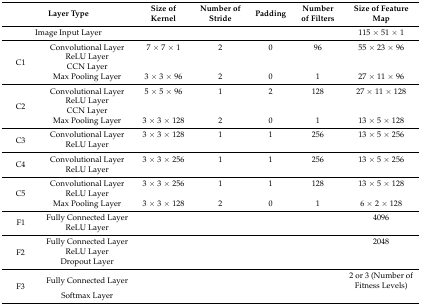
| <COLSPAN=2> Layer Type | Size of Kernel | Number of Stride | Padding | Number of Filters | Size of Feature Map |
 | --- | --- | --- | --- | --- | --- | --- |
 | <COLSPAN=2> Image Input Layer |  |  |  |  | 115 × 51 × 1 |
 | <ROWSPAN=4> C1 | Convolutional Layer | 7 × 7 × 1 | 2 | 0 | 96 | 55 × 23 × 96 |
 | ReLU Layer |  |  |  |  |  |
 | CCN Layer |  |  |  |  |  |
 | Max Pooling Layer | 3 × 3 × 96 | 2 | 0 | 1 | 27 × 11 × 96 |
 | <ROWSPAN=4> C2 | Convolutional Layer | 5 × 5 × 96 | 1 | 2 | 128 | 27 × 11 × 128 |
 | ReLU Layer |  |  |  |  |  |
 | CCN Layer |  |  |  |  |  |
 | Max Pooling Layer | 3 × 3 × 128 | 2 | 0 | 1 | 13 × 5 × 128 |
 | <ROWSPAN=2> C3 | Convolutional Layer | 3 × 3 × 128 | 1 | 1 | 256 | 13 × 5 × 256 |
 | ReLU Layer |  |  |  |  |  |
 | <ROWSPAN=2> C4 | Convolutional Layer | 3 × 3 × 256 | 1 | 1 | 256 | 13 × 5 × 256 |
 | ReLU Layer |  |  |  |  |  |
 | <ROWSPAN=3> C5 | Convolutional Layer | 3 × 3 × 256 | 1 | 1 | 128 | 13 × 5 × 128 |
 | ReLU Layer |  |  |  |  |  |
 | Max Pooling Layer | 3 × 3 × 128 | 2 | 0 | 1 | 6 × 2 × 128 |
 | <ROWSPAN=2> F1 | Fully Connected Layer |  |  |  |  | 4096 |
 | ReLU Layer |  |  |  |  |  |
 | <ROWSPAN=3> F2 | Fully Connected Layer |  |  |  |  | 2048 |
 | ReLU Layer |  |  |  |  |  |
 | Dropout Layer |  |  |  |  |  |
 | <ROWSPAN=2> F3 | Fully Connected Layer |  |  |  |  | 2 or 3 (Number of Fitness Levels) |
 | Softmax Layer |  |  |  |  |  |